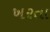
ખરતા